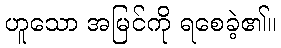
ဟူသော အမြင်ကို ရစေခဲ့၏။